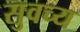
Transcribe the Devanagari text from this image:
सुवच्य